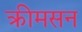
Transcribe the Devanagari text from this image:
क्रीमसन